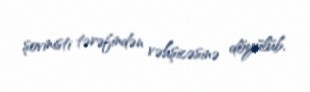
şovinisti tərəfindən vəhşicəsinə döyülüb.